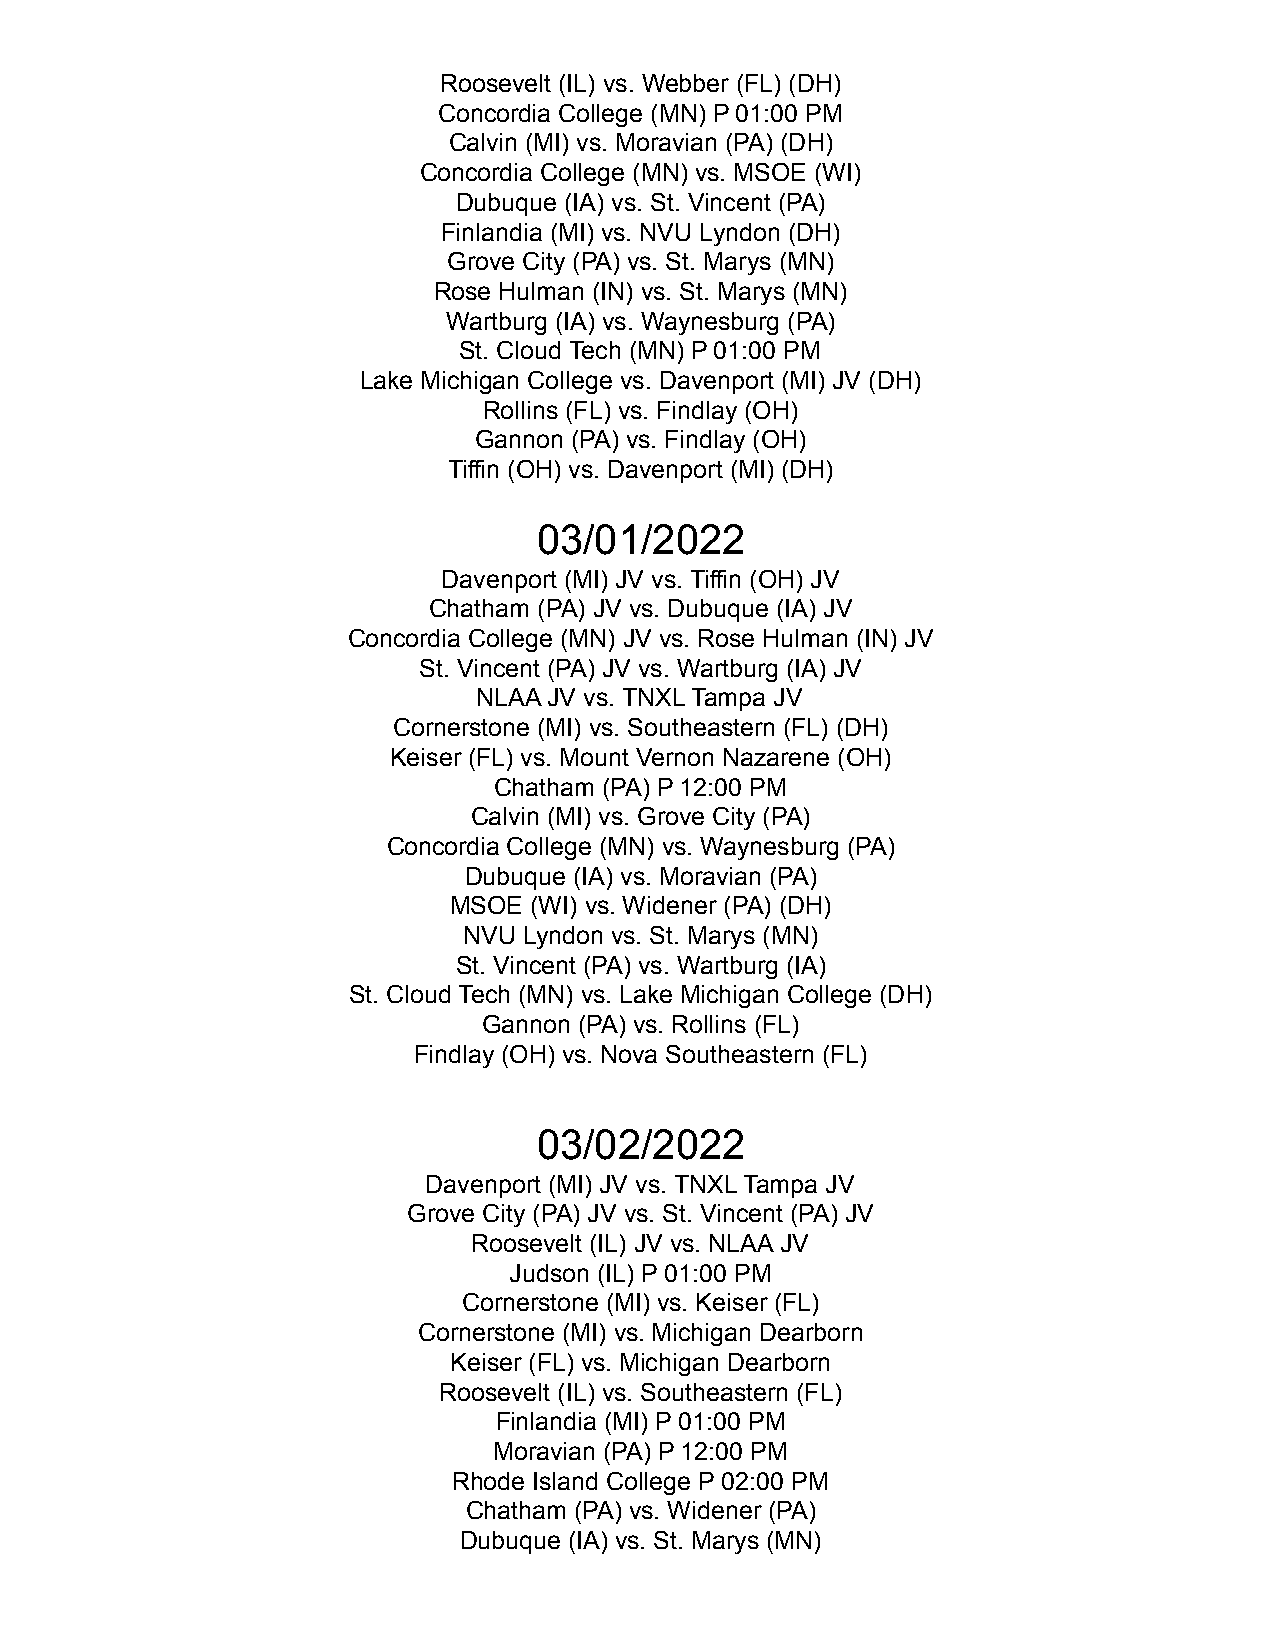
Roosevelt (IL) vs. Webber (FL) (DH)
 Concordia College (MN) P 01:00 PM
 Calvin (MI) vs. Moravian (PA) (DH)
 Concordia College (MN) vs. MSOE (WI)
 Dubuque (IA) vs. St. Vincent (PA)
 Finlandia (MI) vs. NVU Lyndon (DH)
 Grove City (PA) vs. St. Marys (MN)
 Rose Hulman (IN) vs. St. Marys (MN)
 Wartburg (IA) vs. Waynesburg (PA)
 St. Cloud Tech (MN) P 01:00 PM
 Lake Michigan College vs. Davenport (MI) JV (DH)
 Rollins (FL) vs. Findlay (OH)
 Gannon (PA) vs. Findlay (OH)
 Tiffin (OH) vs. Davenport (MI) (DH)
 03/01/2022
 Davenport (MI) JV vs. Tiffin (OH) JV
 Chatham (PA) JV vs. Dubuque (IA) JV
 Concordia College (MN) JV vs. Rose Hulman (IN) JV
 St. Vincent (PA) JV vs. Wartburg (IA) JV
 NLAA JV vs. TNXL Tampa JV
 Cornerstone (MI) vs. Southeastern (FL) (DH)
 Keiser (FL) vs. Mount Vernon Nazarene (OH)
 Chatham (PA) P 12:00 PM
 Calvin (MI) vs. Grove City (PA)
 Concordia College (MN) vs. Waynesburg (PA)
 Dubuque (IA) vs. Moravian (PA)
 MSOE (WI) vs. Widener (PA) (DH)
 NVU Lyndon vs. St. Marys (MN)
 St. Vincent (PA) vs. Wartburg (IA)
 St. Cloud Tech (MN) vs. Lake Michigan College (DH)
 Gannon (PA) vs. Rollins (FL)
 Findlay (OH) vs. Nova Southeastern (FL)
 03/02/2022
 Davenport (MI) JV vs. TNXL Tampa JV
 Grove City (PA) JV vs. St. Vincent (PA) JV
 Roosevelt (IL) JV vs. NLAA JV
 Judson (IL) P 01:00 PM
 Cornerstone (MI) vs. Keiser (FL)
 Cornerstone (MI) vs. Michigan Dearborn
 Keiser (FL) vs. Michigan Dearborn
 Roosevelt (IL) vs. Southeastern (FL)
 Finlandia (MI) P 01:00 PM
 Moravian (PA) P 12:00 PM
 Rhode Island College P 02:00 PM
 Chatham (PA) vs. Widener (PA)
 Dubuque (IA) vs. St. Marys (MN)